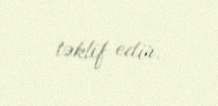
təklif edir.